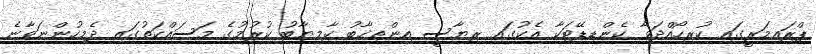
ޕްރައިމަރީގައި ކުރިހޯއްދަވާ ކެންޑިޑޭޓަކާ އެކުގައި ރިޔާސީ އިންތިޚާބު ކާމިޔާބު ކުރުމުގެ މަސައްކަތުގައި ދެމިހުންނަވާނެ